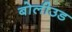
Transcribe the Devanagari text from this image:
बोलीउड